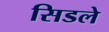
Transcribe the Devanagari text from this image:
सिडले